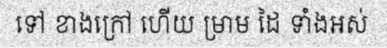
ទៅ ខាងក្រៅ ហើយ ម្រាម ដៃ ទាំងអស់